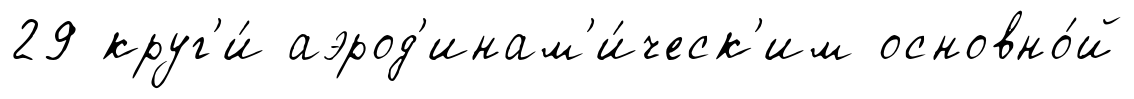
29 круг'и́ аэрод'инам'и́ческ'им основно́й